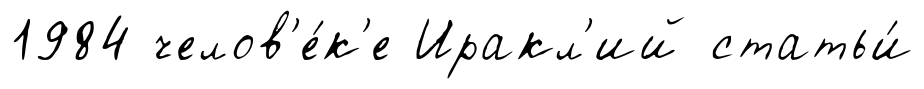
1984 челов'е́к'е Иракл'ий статьи́